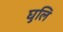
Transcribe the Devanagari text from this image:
घुलि